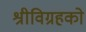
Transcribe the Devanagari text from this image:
श्रीविग्रहको